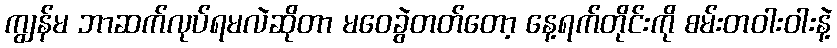
ကျွန်မ ဘာဆက်လုပ်ရမလဲဆိုတာ မဝေခွဲတတ်တော့ နေ့ရက်တိုင်းကို စမ်းတဝါးဝါးနဲ့